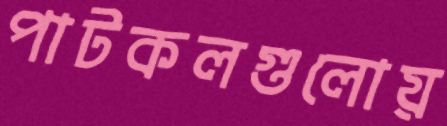
পাটকলগুলোয়